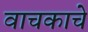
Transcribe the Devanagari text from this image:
वाचकाचे